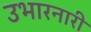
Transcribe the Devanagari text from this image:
उभारनारी